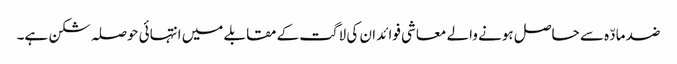
ضد مادّہ سے حاصل ہونے والے معاشی فوائد ان کی لاگت کے مقابلے میں انتہائی حوصلہ شکن ہے۔